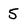
Character: 5